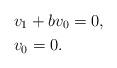
LaTeX: \begin{align*} & v_1 + b v_0 = 0 , \\ & v_0 = 0 . \end{align*}